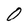
Character: O